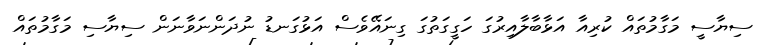
ސިޔާސީ މަގާމުތައް ކުރިއާ އަޅާބާލާއިރުގަ ހަގީގަތުގަ ގިނައޭވެސް އަޅުގަނޑު ނުދަންނަވާނަން ސިޔާސި މަގާމުތައް